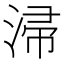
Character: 㴆